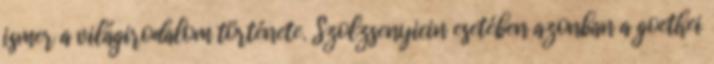
ismer a világirodalom története. Szolzsenyicin esetében azonban a goethei